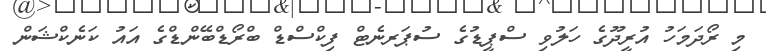
މި ރޯދަމަހު އުރީދޫގެ ހަލުވި ސްޕީޑުގެ ސުޕަރނެޓް ފިކްސްޑް ބްރޯޑްބޭންޑްގެ އައު ކަނެކްޝަން